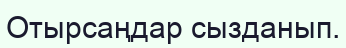
Отырсаңдар сызданып.